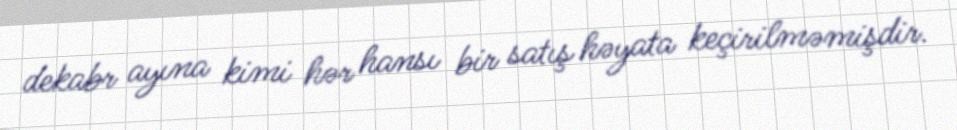
dekabr ayına kimi hər hansı bir satış həyata keçirilməmişdir.